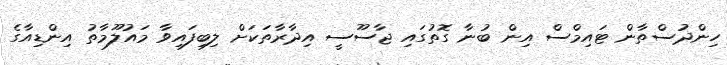
ހިންދުސްތާން ޓައިމްސް އިން ބުނާ ގޮތުގައި ޖާސޫސީ އިދާރާތަކަށް ލިބިފައިވާ މައުލޫމާތު އިންޑިއާގެ